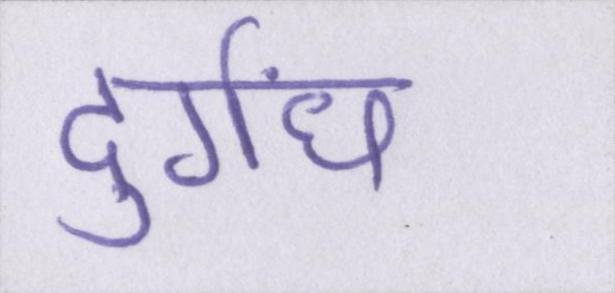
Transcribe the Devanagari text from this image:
दुर्गंध